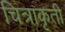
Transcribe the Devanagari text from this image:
चित्राकृती